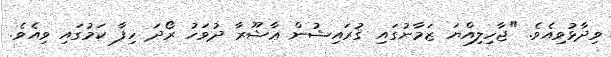
ވިދާޅުވިއެވެ. "ޖާހިލިއްޔަ ޒަމާނުގައި ޤުރައިޝުން ޢާޝޫރާ ދުވަހު ރޯދަ ހިފާ ކަމުގައި ވިއެވެ.